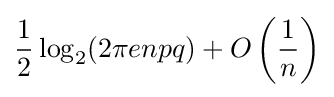
{\frac {1}{2}}\log _{2}(2\pi enpq)+O\left({\frac {1}{n}}\right)